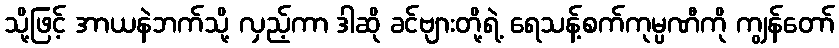
သို့ဖြင့် အာယနဲဘက်သို့ လှည့်ကာ ဒါဆို ခင်ဗျားတို့ရဲ့ ရေသန့်စက်ကုမ္ပဏီကို ကျွန်တော်